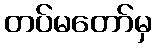
တပ်မတော်မှ